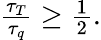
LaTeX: \begin{array}{r}{\frac{\tau_{T}}{\tau_{q}}\geq\frac{1}{2}.}\end{array}